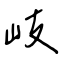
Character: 岐